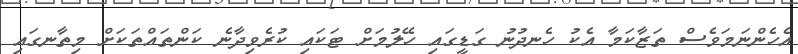
އެހެންނަމަވެސް ތަޒާކަމާ އެކު ހެނދުނު ގަޑީގައި ހޭލުމަށް ޓަކައި ކުރެވިދާނެ ކަންތައްތަކަށް މިތާނގައި